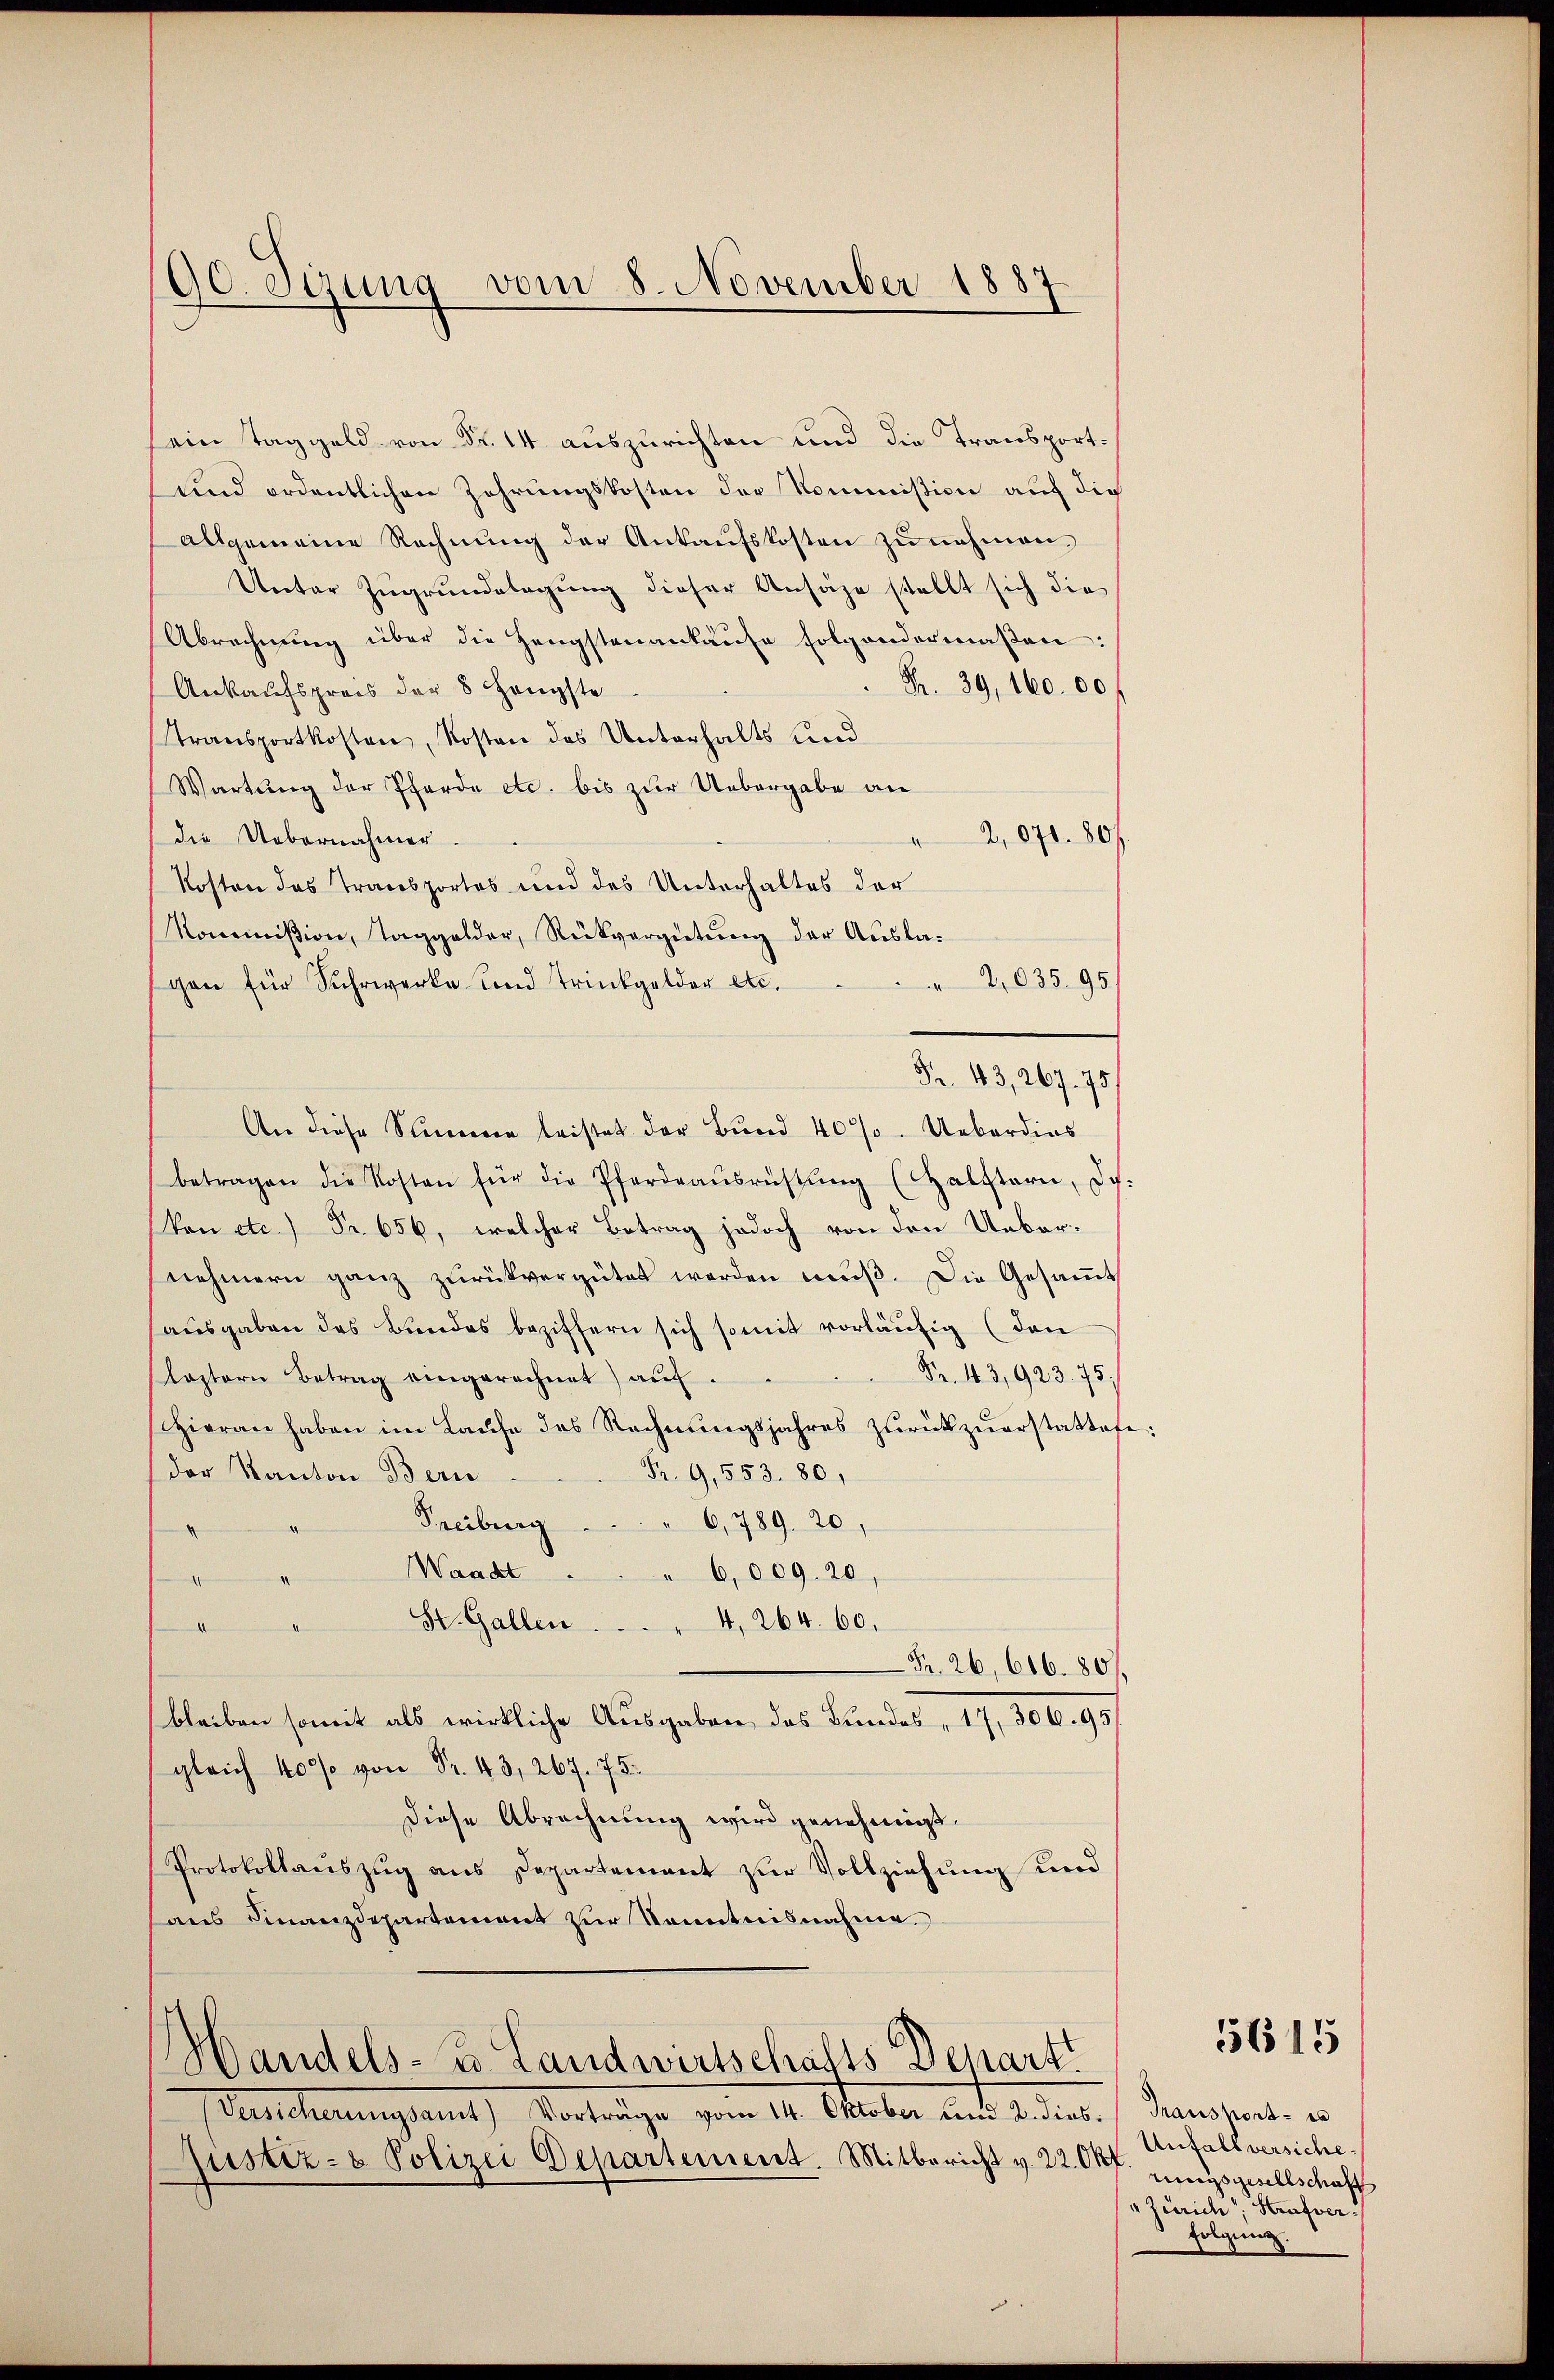
90. Sizung vom 8. November 1887

ein Taggeld von Fr. 14 auszurichten und die Transport¬
und ordentlichen Zehrungskosten der Kommission auf die
allgemeine Rechnung der Ankaufskosten zu nehmen,
Ureter Zugrundelagung dieser Ansähe stellt sich die
Abrechnŭng über die Hengstenankaŭfe folgendermaßen:
Fr. 39, 160. 00
Ankaufspreis der 8 Hengste
Transportkosten, Kosten des Unterhalts und
Wartung der Pferde etc. bis zur Uebergabe an
2,071. 807
die Uebernahmer.
I
Kosten des Transportes und des Unterhaltes der
Kommißion, Taggelder, Rückvergütung der Ausla¬
2,035. 95.
gen für Suhrwerke und Trinkgelder etc.
Fr. 43, 267. 75
An diese Stimme leistet der Bund 40%. Ueberdies
betragen die Kosten für die Pferdraŭsrüstŭng (Halstern, d.
Von etc.) Fr. 656, welcher Betrag jedoch von den Uebernehmern ganz zŭrückvergütet werden mŭβ. Die Gesaṁt
ausgaben das Bundes beziffern sich somit vorläufig (den
Nr. 43,923. 75)
lastern Betrag eingerechnet) auf.
Hieran haben im Laufe des Rechnŭngsjahres zurückzuerstattete:
Fr. 9, 553. 80,
der Kanton Bern
Freiburg
6,789. 20.
Waadt
6,009. 20,
.
St. Gallen  ..  ..  ..  .. 4, 264. 60,
e
Fr. 26, 606. 80
bleiben somit als wirkliche Ausgaben des Bundes 17, 306.93/
gleich 400f von Fr. 43, 267. 75.
diese Abrechnung wird genehmigt.
Protokollaŭszŭg ans Departement zur Vollziehung und
aus Finanzdepartement zur Kenntnisnahme.

Handels- B. Landwirtschafts Depart

eichnungsaut Vorträge vom 14. October aus der Genosant. un
Justiz- & Polizei Departement. Mitbericht v. 22. Okt. ungsgesellschaff

Anfall versiche¬
Zürich, Strafverfolgung.

5615